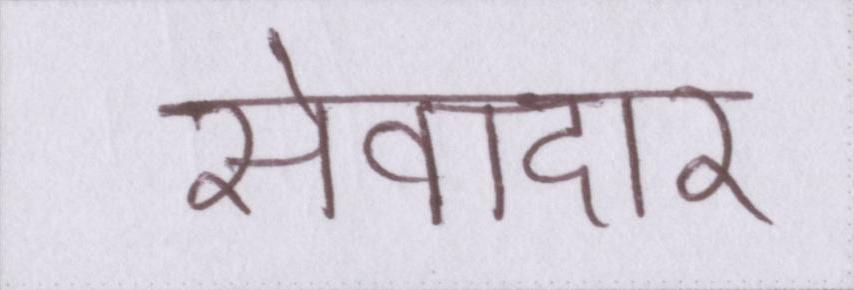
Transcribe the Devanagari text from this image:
सेवादार